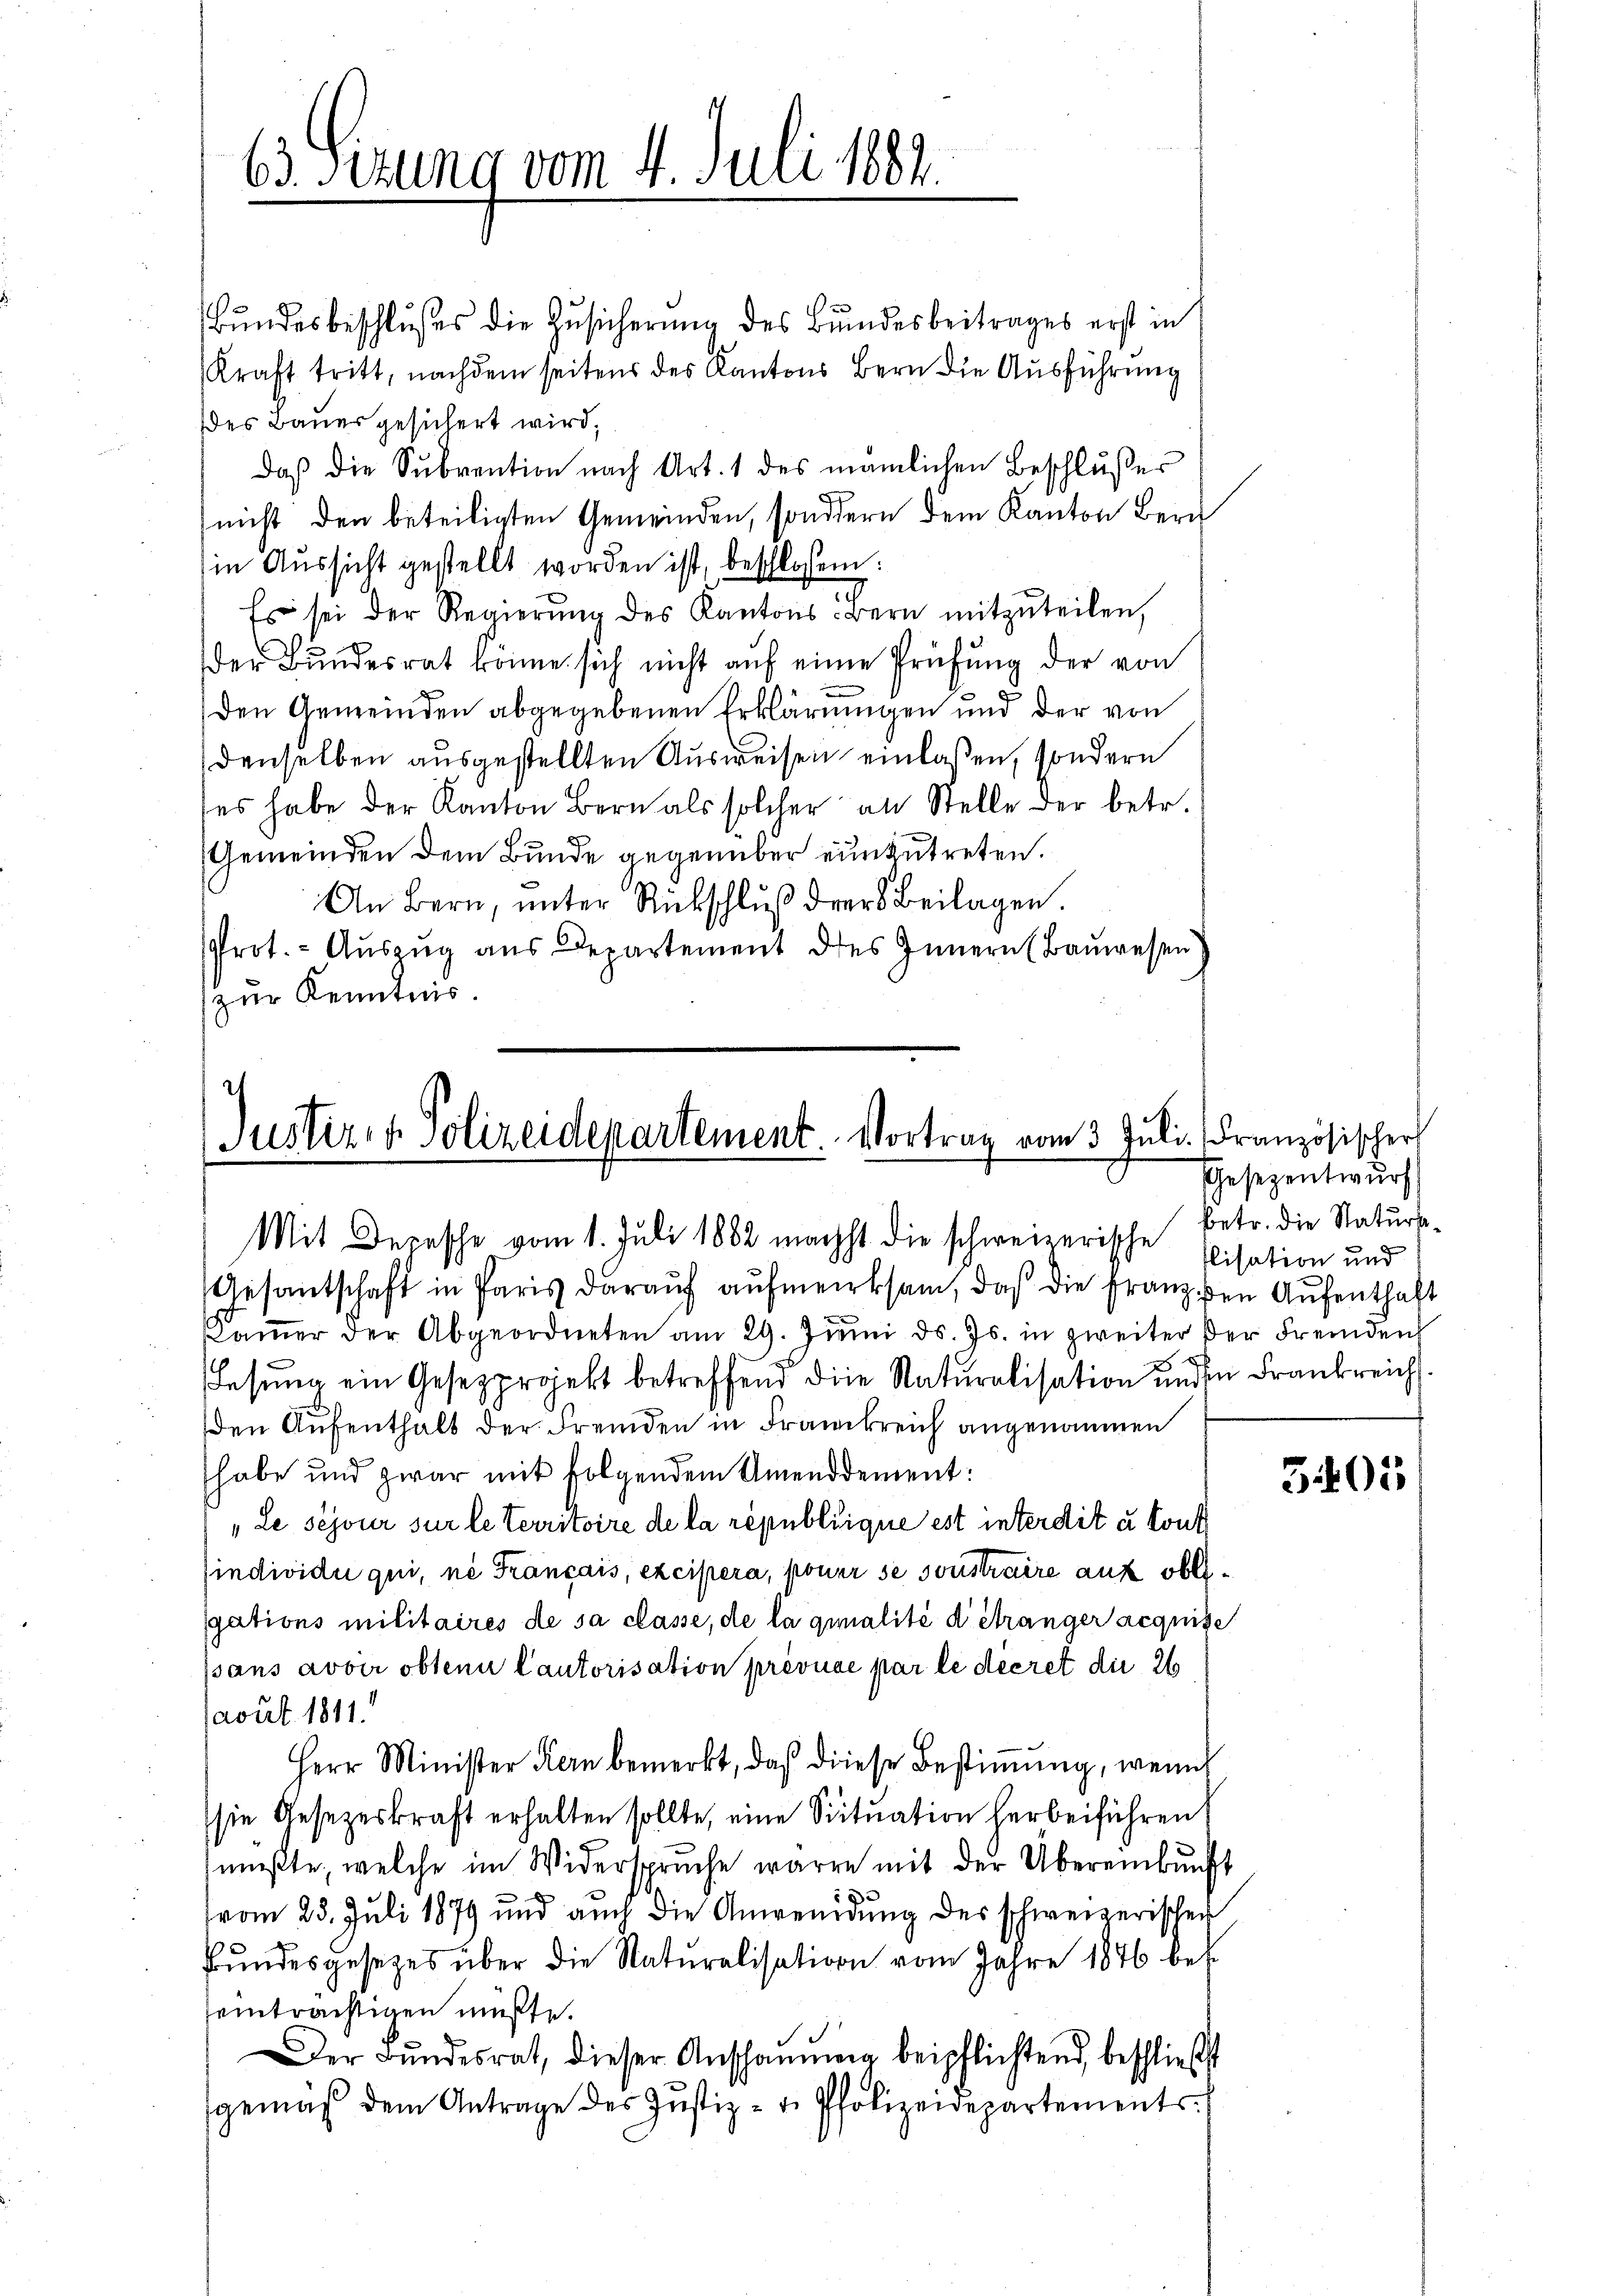
63 Sizung vom 4. Juli 1882

Bundesbeschlusses die Zusicherung des Bundesbeitrages erst in
Kraft tritt, nachdem seitens des Kantons Bern die Ausführung
des Bauer gesichert wird,
daß die Subvention nach Art. 1 des nämlichen Beschlußes
(nicht den beteiligten Gemeinden, sondern dem Kanton Bern
in Aussicht gestellt worden ist, beschlossen:
Es sei der Regierŭng des Kantons-Bern mitzŭteilen,
der Bŭndesrat könne sich nicht aŭf eine Prüfŭng der von
den Gemeinden abgegebenen Erklärungen und der von
denselben ausgestellten Ausweisen einlaßen, sondern
ses habe der Kanton Bern als solcher an Stelle der betr.
Gemeinden dem Bunde gegenüber einzutreten.
An Bern, ŭnter Rückschlŭβ der Beilagen.
Prot. - Aŭszŭg ans Departement des Innern Baŭwesen,
zur Kenntnis.

Justiz & Polizeidepartement. Vortrag vom 3. Juli Französischer
Mit Depesche vom 1. Juli 1882 machst die schweizerische Elisation und

Gesantschaft in Paris daraŭf aŭfmerksam, daß die franzen Aufenthaft
Kaṁer der Abgeordneten am 29. Jŭni d. Js. in zweiter der Fremden
Lesung ein Gesezprojekt betreffend die Naturalisation und in Frankreich
den Aufenthalt der Fremden in Frankreich angenommen
habe und zwar mit folgendem Unenddement:
„Le séjour sur le territoire de la republique est interdit u. kont
individu qui, ne Français, excipera, poner se sonstraire auf obergations militaires de sa classe, de la qualité détranger acquise
sans avoir obten Cautorisation prévuce par le decret die 26
avut 1811.
Herr Minister Kern bemerkt, daβ diese Bestiṁŭng, wenn
sie Gesetzeskraft erhalten sollte, eine Situation herbeiführen
müßte, welche im Widerspruche waren mit der Übereinbunft

vom 25. Juli 1879 und auch die Anwendung des schweizerischer
Bŭndesgesetzes über die Naturalisation vom Jahre 1876 bes
einträchtigen müßte.
Der Bŭndesrat, dieser Anschaŭŭng beipflichtend, beschließt
gemäβ dem Antrage des Justiz- u. Polizeidepartements

Gesezentwurf
betr. die Naturs¬

5405